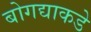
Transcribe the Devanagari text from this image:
बोगद्याकडे